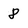
Character: 8